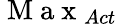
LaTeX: \mathrm{~M~a~x~}_{Act}